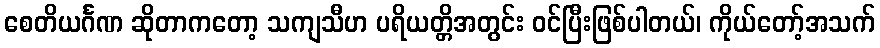
စေတိယင်္ဂဏ ဆိုတာကတော့ သကျသီဟ ပရိယတ္တိအတွင်း ဝင်ပြီးဖြစ်ပါတယ်၊ ကိုယ်တော့်အသက်